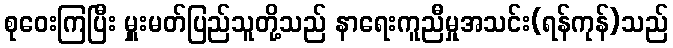
စုဝေးကြပြီး မှူးမတ်ပြည်သူတို့သည် နာရေးကူညီမှုအသင်း(ရန်ကုန်)သည်